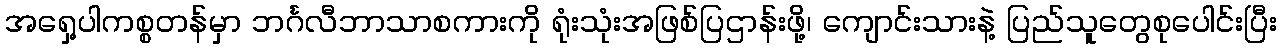
အရှေ့ပါကစ္စတန်မှာ ဘင်္ဂလီဘာသာစကားကို ရုံးသုံးအဖြစ်ပြဌာန်းဖို့၊ ကျောင်းသားနဲ့ ပြည်သူတွေစုပေါင်းပြီး